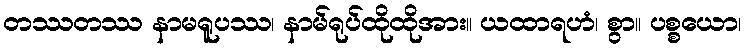
တဿတဿ နာမရူပဿ၊ နာမ်ရုပ်ထိုထိုအား။ ယထာရဟံ၊ စွာ။ ပစ္စယော၊